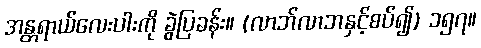
အန္တရာယ်လေးပါးကို ခွဲပြခန်း။ (လာဘ်လာဘနှင့်စပ်၍) ၁၅၇။